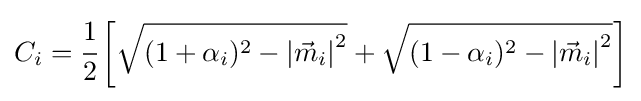
C_{i}={\cfrac {1}{2}}\left[{\sqrt {(1+\alpha _{i})^{2}-\left|{\vec {m}}_{i}\right|^{2}}}+{\sqrt {(1-\alpha _{i})^{2}-\left|{\vec {m}}_{i}\right|^{2}}}\right]